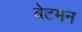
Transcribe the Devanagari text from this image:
बेटमन